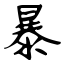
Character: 暴